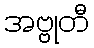
အဗ္ဗုတီ